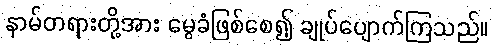
နာမ်တရားတို့အား မွေခံဖြစ်စေ၍ ချုပ်ပျောက်ကြသည်။